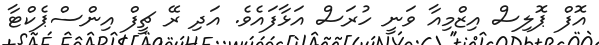
އޮފް ޕޮލިސް އިޒްމިއާ ވަނީ ހުރަސް އަޅާފައެވެ. އަދި ރޭ ޗީފް އިންސްޕެކްޓާ